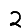
Digit: 2